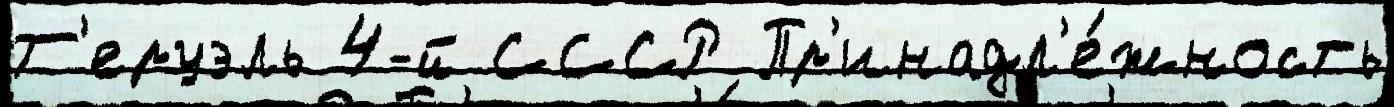
Т'еруэль 4-й СССР Пр'инадл'е́жность